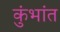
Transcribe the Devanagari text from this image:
कुंभांत